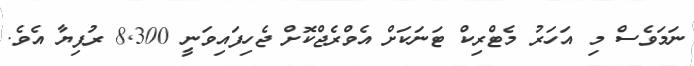
ނަމަވެސް މި އަހަރު މެޓްރިކް ޓަނަކަށް އެވްރެޖްކޮށް ޖެހިފައިވަނީ 8